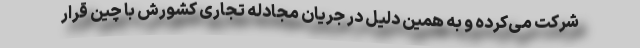
شرکت می‌کرده و به همین دلیل در جریان مجادله تجاری کشورش با چین قرار